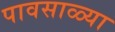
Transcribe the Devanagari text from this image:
पावसाळ्या